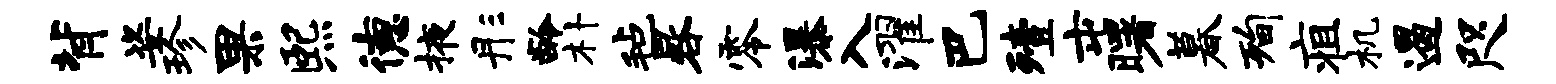
背姿珍果熙德掖彤龄朴毡晷零瀑入濯巴殪屯曙暮洵疽机遏咫